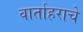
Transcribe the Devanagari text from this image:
वार्ताहराचे